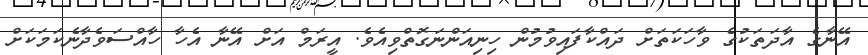
އޭނާގެ އާދަތަކުގެ ވާހަކަތަށް ދައްކާފައިވުމުން ހިނިއަންނަގޮތްވިއެވެ. އީރަމް އަށް އޭނާ އެހާ ހާއްސަވެދާނެކަމަކަށް